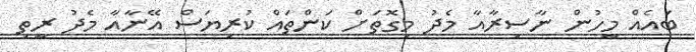
ބައެއް މީހުން ނާސިރާއާ މެދު މިގޮތަށް ކަންތައް ކުރިޔަސް އޭނާއާ މެދު ރީތި